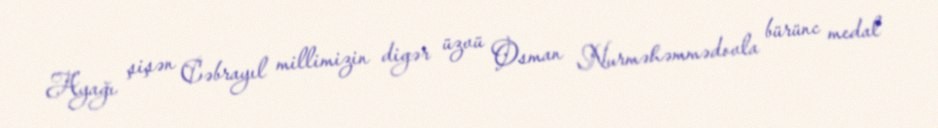
Ayağı şişən Cəbrayıl millimizin digər üzvü Osman Nurməhəmmədovla bürünc medal